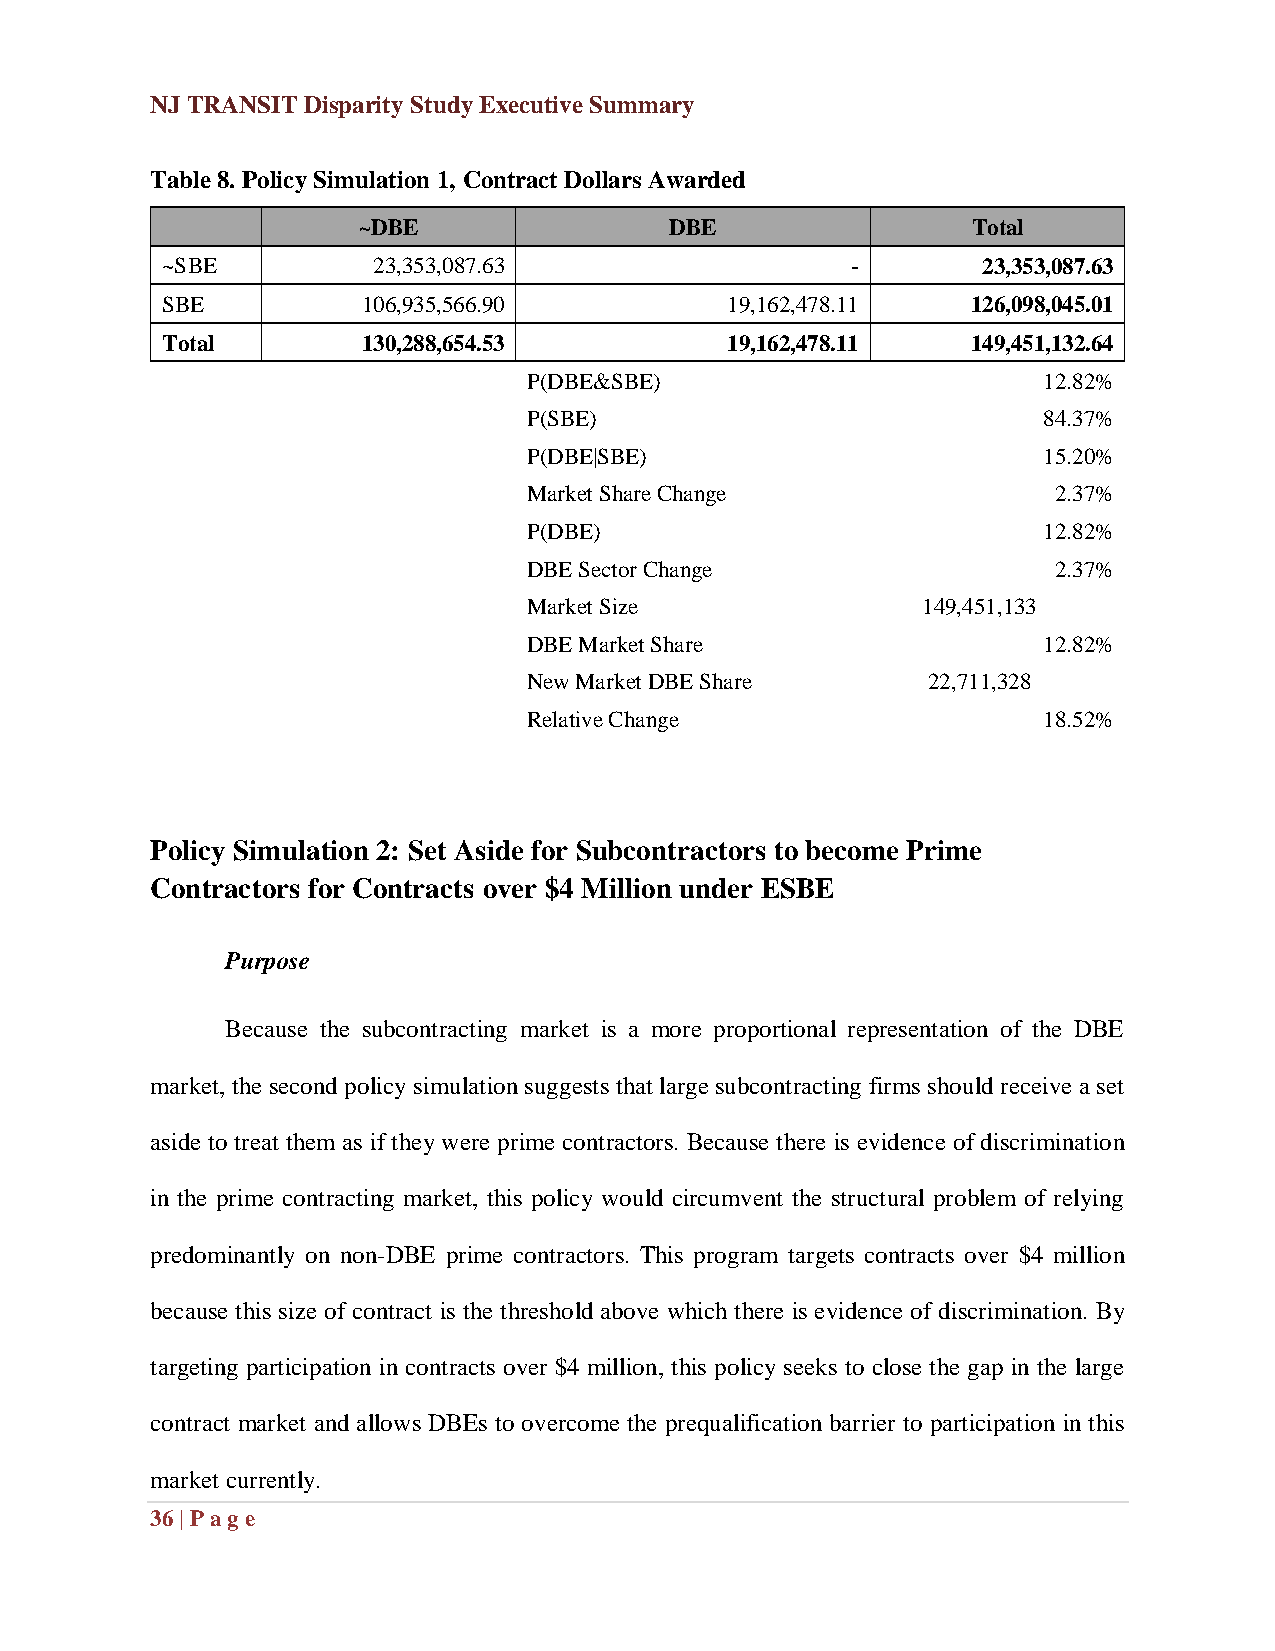
NJ TRANSIT Disparity Study Executive Summary
 Table 8. Policy Simulation 1, Contract Dollars Awarded
 ~DBE                DBE                 Total
 ~SBE          23,353,087.63                  -        23,353,087.63
 SBE          106,935,566.90          19,162,478.11   126,098,045.01
 Total        130,288,654.53          19,162,478.11   149,451,132.64
 P(DBE&SBE)                        12.82%
 P(SBE)                            84.37%
 P(DBE|SBE)                        15.20%
 Market Share Change                2.37%
 P(DBE)                            12.82%
 DBE Sector Change                  2.37%
 Market Size               149,451,133
 DBE Market Share                  12.82%
 New Market DBE Share      22,711,328
 Relative Change                   18.52%
 Policy Simulation 2: Set Aside for Subcontractors to become Prime
 Contractors for Contracts over $4 Million under ESBE
 Purpose
 Because the subcontracting market is a more proportional representation of the DBE
 market, the second policy simulation suggests that large subcontracting firms should receive a set
 aside to treat them as if they were prime contractors. Because there is evidence of discrimination
 in the prime contracting market, this policy would circumvent the structural problem of relying
 predominantly on non-DBE prime contractors. This program targets contracts over $4 million
 because this size of contract is the threshold above which there is evidence of discrimination. By
 targeting participation in contracts over $4 million, this policy seeks to close the gap in the large
 contract market and allows DBEs to overcome the prequalification barrier to participation in this
 market currently.
 36 | Pag e